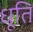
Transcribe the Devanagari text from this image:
धूति